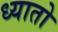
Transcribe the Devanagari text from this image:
ध्यातो